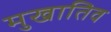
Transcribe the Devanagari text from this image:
मुखातिव